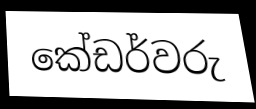
කේඩර්වරු